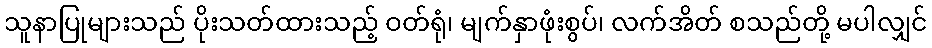
သူနာပြုများသည် ပိုးသတ်ထားသည့် ဝတ်ရုံ၊ မျက်နှာဖုံးစွပ်၊ လက်အိတ် စသည်တို့ မပါလျှင်